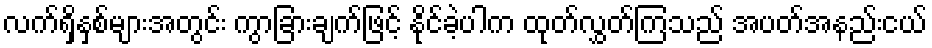
လက်ရှိနှစ်များအတွင်း ကွာခြားချက်ဖြင့် နိုင်ခဲ့ပါက ထုတ်လွှတ်ကြသည် အပတ်အနည်းငယ်